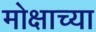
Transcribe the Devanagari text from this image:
मोक्षाच्या